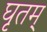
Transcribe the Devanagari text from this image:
घृतम्